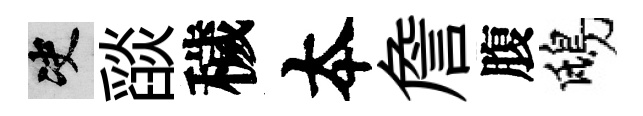
决𦦨穢夲詹腹鴟